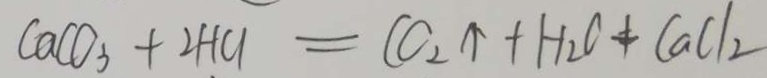
C a C O _ { 3 } + 2 H C l = C O _ { 2 } \uparrow + H _ { 2 } O + C a C l _ { 2 }